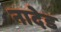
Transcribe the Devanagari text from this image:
नादेड